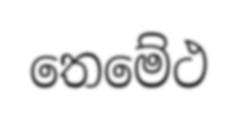
තෙමේථ